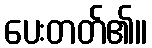
ပေးတတ်၏။